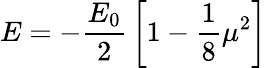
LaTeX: E=-{\frac{E_{0}}{2}}\left[1-{\frac{1}{8}}\mu^{2}\right]